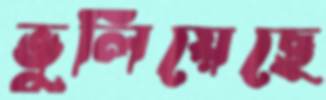
ভুলিয়েছে